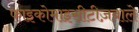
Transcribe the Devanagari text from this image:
फाइकोमाइसीटीज़वाले